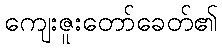
ကျေးဇူးတော်ခေတ်၏